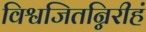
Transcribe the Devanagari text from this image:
विश्वजितन्निरीहं